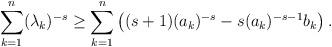
LaTeX: \begin{align*}\sum_{k=1}^n (\lambda_k)^{-s} \geq \sum_{k=1}^n \left( (s+1)(a_k)^{-s}-s(a_k)^{-s-1}b_k\right).\end{align*}